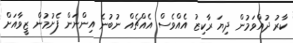
ކާރު ދުއްވަމުން ދިޔަ ރާކިޒު އެއްވެސް އެއްޗެއް ނުބުނެ އިންނަން ފެށުމުން ޒީވާއަށް